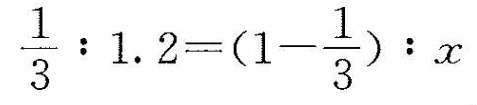
$$\frac { 1 } { 3 } : 1 . 2 = ( 1 - \frac { 1 } { 3 } ) : x$$